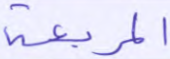
المربعة